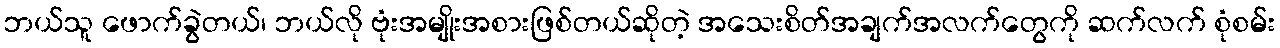
ဘယ်သူ ဖောက်ခွဲတယ်၊ ဘယ်လို ဗုံးအမျိုးအစားဖြစ်တယ်ဆိုတဲ့ အသေးစိတ်အချက်အလက်တွေကို ဆက်လက် စုံစမ်း